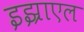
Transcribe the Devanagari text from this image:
इझ्राएल